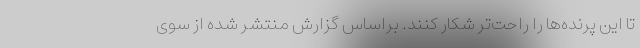
تا این پرنده‌ها را راحت‌تر شکار کنند. براساس گزارش منتشر شده از سوی